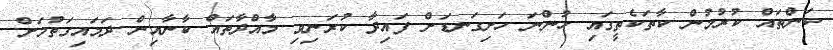
ކަންތައް ކުރުމުން ކާތަކެތީގައި ހުންނަ ހަށިގަނޑަށް ފައިދާ ކުރަނިވި މާއްދާތައް ކާނާއިން ދަމައިގަތުމަށް